Vaccination Hyderabad 1872-1889 - 1872-1889
Year: 1872
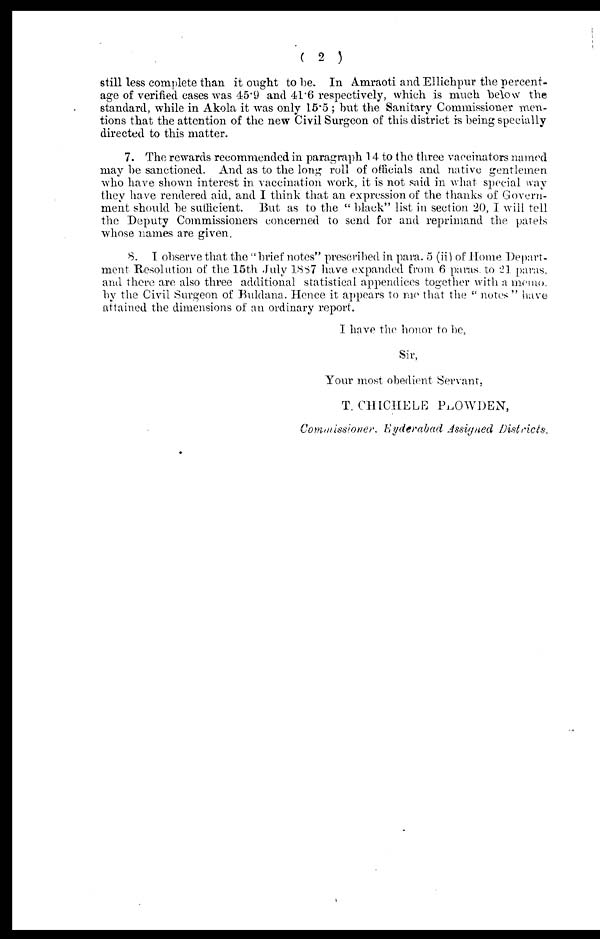
( 2 )
still less complete than it ought to be. In Amraoti and Ellichpur the percent-
age of verified cases was 45.9 and 41.6 respectively, which is much below the
standard, while in Akola it was only 15.5 ; but the Sanitary Commissioner men-
tions that the attention of the new Civil Surgeon of this district is being specially
directed to this matter.
7. The rewards recommended in paragraph 14 to the three vaccinators named
may be sanctioned. And as to the long roll of officials and native gentlemen
who have shown interest in vaccination work, it is not said in what special way
they have rendered aid, and I think that an expression of the thanks of Govern-
ment should be sufficient. But as to the " black" list in section 20, I will tell
the Deputy Commissioners concerned to send for and reprimand the patels
whose names are given.
8. I observe that the " brief notes" prescribed in para. 5 (ii) of Home Depart-
ment Resolution of the 15th July 1887 have expanded from 6 paras. to 21 paras.
and there are also three additional statistical appendices together with a memo
by the Civil Surgeon of Buldana. Hence it appears to me that the " notes " have
attained the dimensions of an ordinary report.
I have the honor to be,
Sir,
Your most obedient Servant,
T. CHICHELE PLOWDEN,
Commissioner. Hyderabad Assigned Districts.